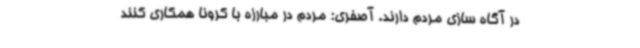
در آگاه سازی مردم دارند. آصفری: مردم در مبارزه با کرونا همکاری کنند